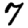
Digit: 7